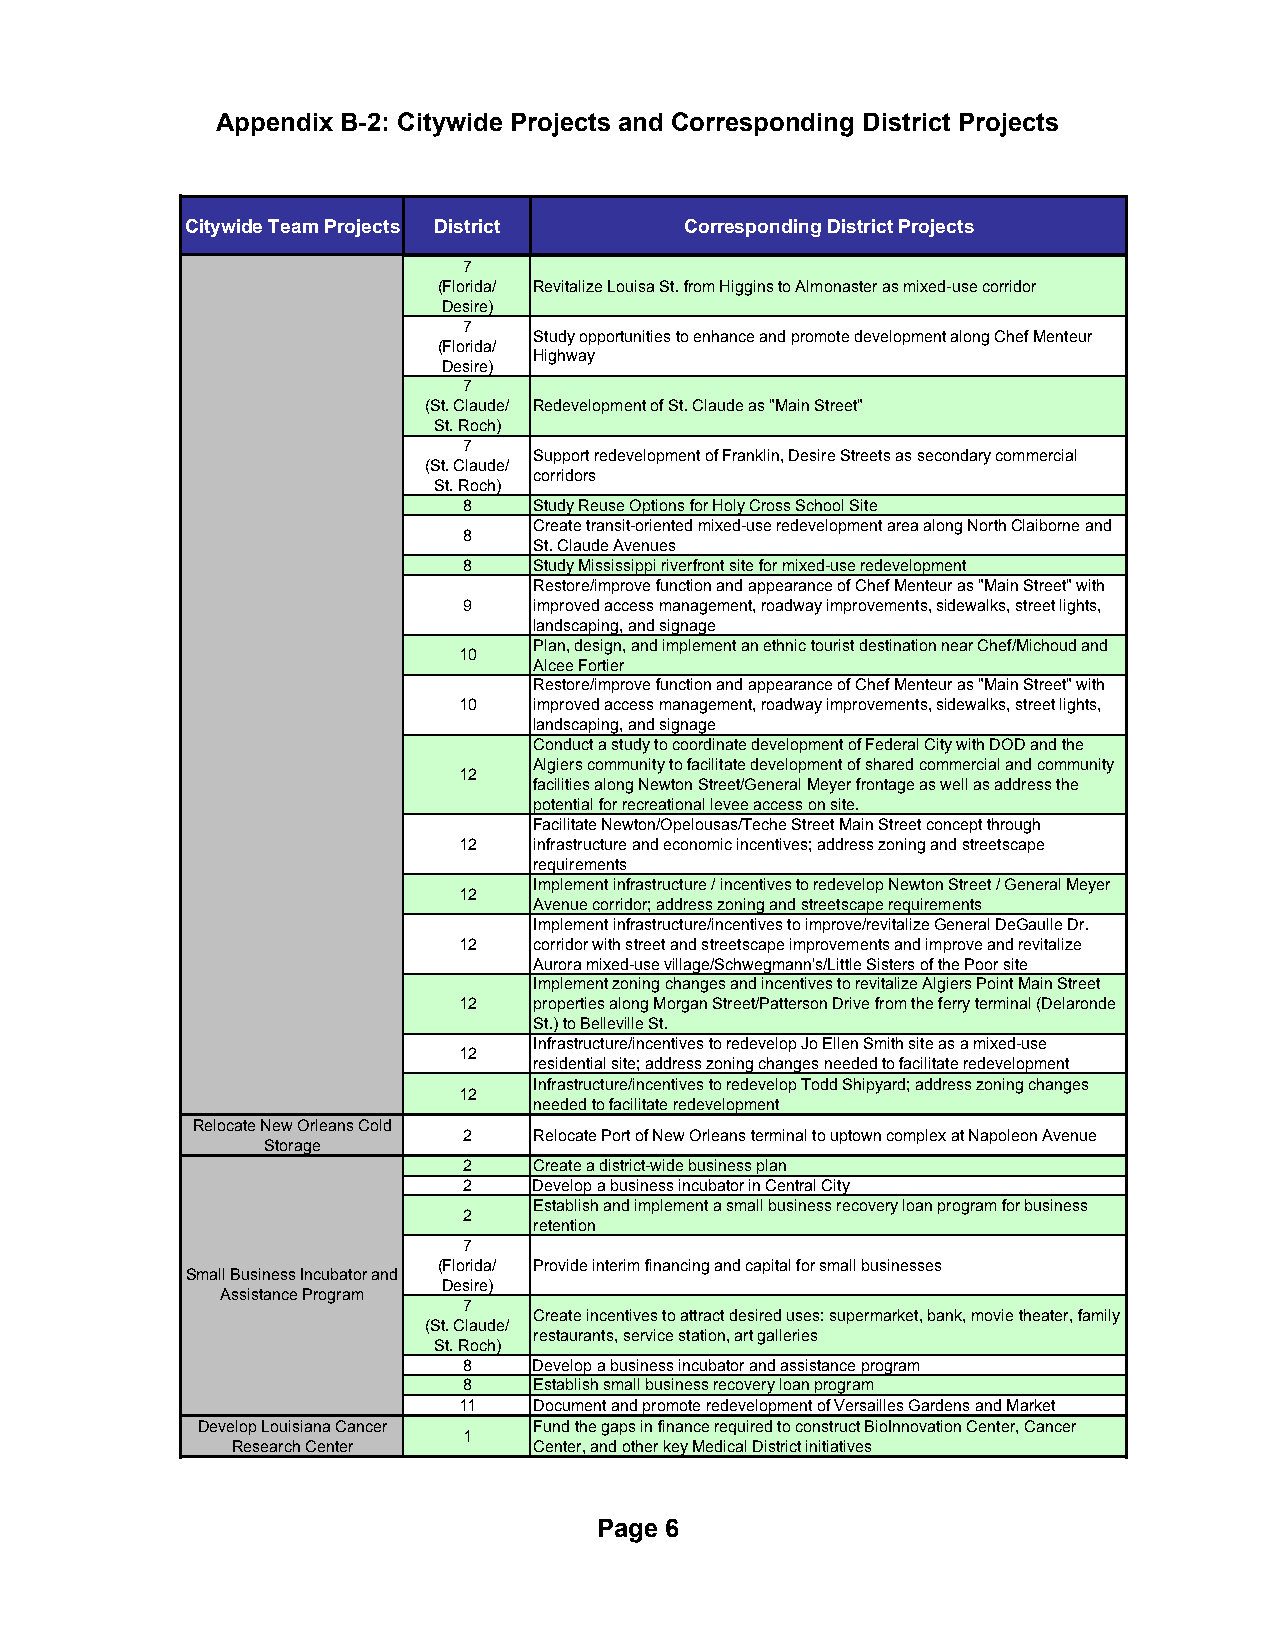
Appendix B-2: Citywide Projects and Corresponding District Projects
 Citywide Team Projects District  Corresponding District Projects
 7
 (Florida/ Revitalize Louisa St. from Higgins to Almonaster as mixed-use corridor
 Desire)
 7
 Study opportunities to enhance and promote development along Chef Menteur
 (Florida/
 Highway
 Desire)
 7
 (St. Claude/ Redevelopment of St. Claude as "Main Street"
 St. Roch)
 7
 Support redevelopment of Franklin, Desire Streets as secondary commercial
 (St. Claude/
 corridors
 St. Roch)
 8   Study Reuse Options for Holy Cross School Site
 Create transit-oriented mixed-use redevelopment area along North Claiborne and
 8
 St. Claude Avenues
 8   Study Mississippi riverfront site for mixed-use redevelopment
 Restore/improve function and appearance of Chef Menteur as "Main Street" with
 9   improved access management, roadway improvements, sidewalks, street lights,
 landscaping, and signage
 Plan, design, and implement an ethnic tourist destination near Chef/Michoud and
 10
 Alcee Fortier
 Restore/improve function and appearance of Chef Menteur as "Main Street" with
 10   improved access management, roadway improvements, sidewalks, street lights,
 landscaping, and signage
 Conduct a study to coordinate development of Federal City with DOD and the
 Algiers community to facilitate development of shared commercial and community
 12
 facilities along Newton Street/General Meyer frontage as well as address the
 potential for recreational levee access on site.
 Facilitate Newton/Opelousas/Teche Street Main Street concept through
 12   infrastructure and economic incentives; address zoning and streetscape
 requirements
 Implement infrastructure / incentives to redevelop Newton Street / General Meyer
 12
 Avenue corridor; address zoning and streetscape requirements
 Implement infrastructure/incentives to improve/revitalize General DeGaulle Dr.
 12   corridor with street and streetscape improvements and improve and revitalize
 Aurora mixed-use village/Schwegmann's/Little Sisters of the Poor site
 Implement zoning changes and incentives to revitalize Algiers Point Main Street
 12   properties along Morgan Street/Patterson Drive from the ferry terminal (Delaronde
 St.) to Belleville St.
 Infrastructure/incentives to redevelop Jo Ellen Smith site as a mixed-use
 12
 residential site; address zoning changes needed to facilitate redevelopment
 Infrastructure/incentives to redevelop Todd Shipyard; address zoning changes
 12
 needed to facilitate redevelopment
 Relocate New Orleans Cold
 2   Relocate Port of New Orleans terminal to uptown complex at Napoleon Avenue
 Storage
 2   Create a district-wide business plan
 2   Develop a business incubator in Central City
 Establish and implement a small business recovery loan program for business
 2
 retention
 7
 (Florida/ Provide interim financing and capital for small businesses
 Small Business Incubator and
 Desire)
 Assistance Program
 7
 Create incentives to attract desired uses: supermarket, bank, movie theater, family
 (St. Claude/
 restaurants, service station, art galleries
 St. Roch)
 8   Develop a business incubator and assistance program
 8   Establish small business recovery loan program
 11   Document and promote redevelopment of Versailles Gardens and Market
 Develop Louisiana Cancer Fund the gaps in finance required to construct BioInnovation Center, Cancer
 1
 Research Center     Center, and other key Medical District initiatives
 Page 6